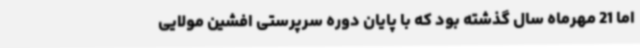
اما 21 مهرماه سال گذشته بود که با پایان دوره سرپرستی افشین مولایی